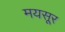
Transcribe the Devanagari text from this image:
मयसूर